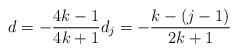
LaTeX: \begin{align*}d=-\frac{4k-1}{4k+1} d_j= -\frac{k-(j-1)}{2k+1}\end{align*}